Lunatic asylums Punjab 1881-1894 - 1881-1894
Year: 1881
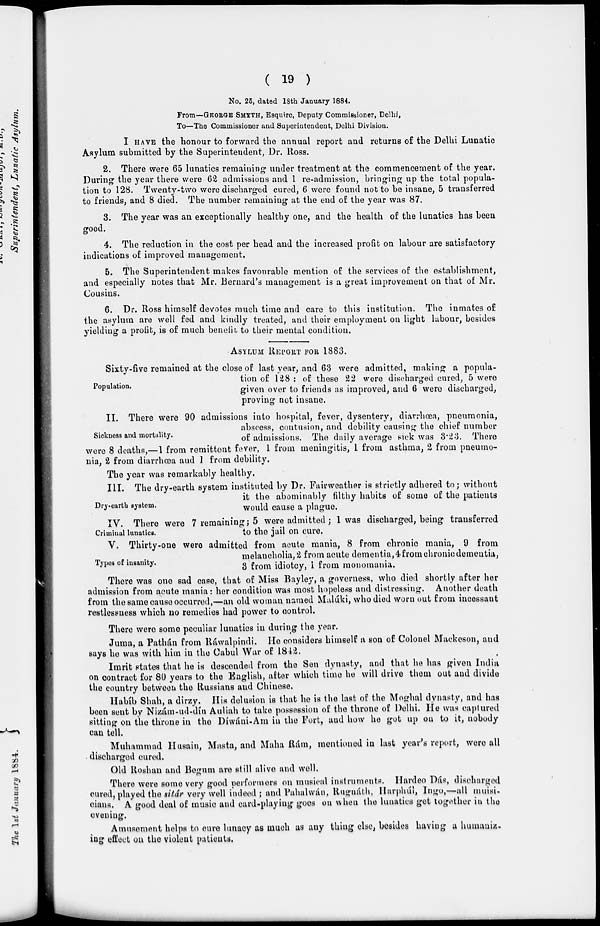
( 19 )
No. 25, dated 18th January 1884.
From—GEORGE SMYTH, Esquire, Deputy Commissioner, Delhi,
To—The Commissioner and Superintendent, Delhi Division.
I HAVE the honour to forward the annual report and returns of the Delhi Lunatic
Asylum submitted by the Superintendent, Dr. Ross.
2. There were 65 lunatics remaining under treatment at the commencement of the year.
During the year there were 62 admissions and 1 re-admission, bringing up the total popula-
tion to 128. Twenty-two were discharged cured, 6 were found not to be insane, 5 transferred
to friends, and 8 died. The number remaining at the end of the year was 87.
3. The year was an exceptionally healthy one, and the health of the lunatics has been
good.
4. The reduction in the cost per head and the increased profit on labour are satisfactory
indications of improved management.
5. The Superintendent makes favourable mention of the services of the establishment,
and especially notes that Mr. Bernard's management is a great improvement on that of Mr.
Cousins.
6. Dr. Ross himself devotes much time and care to this institution. The inmates of
the asylum are well fed and kindly treated, and their employment on light labour, besides
yielding a profit, is of much benefit to their mental condition.
ASYLUM REPORT FOR 1883.
Population.
Sixty-five remained at the close of last year, and 63 were admitted, making a popula-
tion of 128 : of these 22 were discharged cured, 5 were
given over to friends as improved, and 6 were discharged,
proving not insane.
Sickness and mortality.
II. There were 90 admissions into hospital, fever, dysentery, diarrhœa, pneumonia,
abscess, contusion, and debility causing the chief number
of admissions. The daily average sick was 3.23. There
were 8 deaths,—1 from remittent fever, 1 from meningitis, 1 from asthma, 2 from pneumo-
nia, 2 from diarrhœa and 1 from debility.
The year was remarkably healthy.
Dry-earth system.
III. The dry-earth system instituted by Dr. Fairweather is strictly adhered to; without
it the abominably filthy habits of some of the patients
would cause a plague.
Criminal lunatics.
IV. There were 7 remaining; 5 were admitted; 1 was discharged, being transferred
to the jail on cure.
Types of insanity.
V. Thirty-one were admitted from acute mania, 8 from chronic mania, 9 from
melancholia, 2 from acute dementia, 4 from chronic dementia,
3 from idiotcy, 1 from monomania.
There was one sad case, that of Miss Bayley, a governess, who died shortly after her
admission from acute mania: her condition was most hopeless and distressing. Another death
from the same cause occurred,—an old woman named Malúki, who died worn out from incessant
restlessness which no remedies had power to control.
There were some peculiar lunatics in during the year.
Juma, a Pathán from Ráwalpindi. He considers himself a son of Colonel Mackeson, and
says he was with him in the Cabul War of 1842.
Imrit states that he is descended from the Sen dynasty, and that he has given India
on contract for 80 years to the English, after which time he will drive them out and divide
the country between the Russians and Chinese.
Habíb Shah, a dirzy. His delusion is that he is the last of the Moghal dynasty, and has
been sent by Nizám-ud-díu Auliah to take possession of the throne of Delhi. He was captured
sitting on the throne in the Díwáui-Am in the Fort, and how he got up on to it, nobody
can tell.
Muhammad Husain, Masta, and Maha Rám, mentioned in last year's report, were all
discharged cured.
Old Roshan and Begum are still alive and well.
There were some very good performers on musical instruments. Hardeo Dás, discharged
cured, played the sitár very well indeed; and Pahulwán, Ruguáth, Harphúl, Ingo,—all muisi-
cians. A good deal of music and card-playing goes on when the lunatics get together in the
evening.
Amusement helps to cure lunacy as much as any thing else, besides having a humaniz-
ing effect on the violent patients.